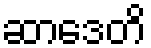
ဆာဒေတိ